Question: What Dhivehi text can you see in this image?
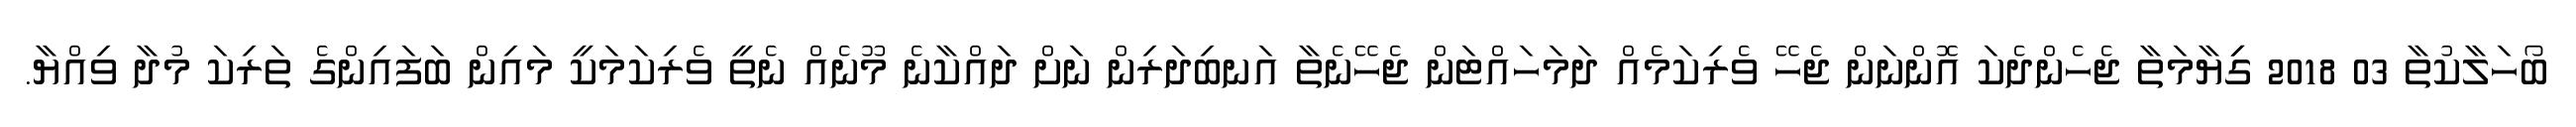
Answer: ބޯހަލާކުތާ 03 2018 ގިިޔާމަތާ ޖެހެންދެކަ އޮންނަން ޖެހޭ ވެރިކަމެއް ދަމަހައްޓަން ޖެހޭނެތާ އަނބިދަރިން ނަށް ދައްކާނެ މޫނެއް ނެތީ ވެރިކަމަކީ މައިން ބަފައިންގެ ތަރިކަ މުދާ ވިއްޔާ.